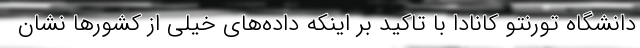
دانشگاه تورنتو کانادا با تاکید بر اینکه داده‌های خیلی از کشورها نشان